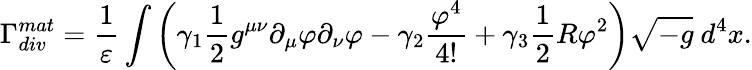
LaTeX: \Gamma_{div}^{mat}=\frac{1}{\varepsilon}\int\left(\gamma_{1}\frac{1}{2}g^{\mu\nu}\partial_{\mu}\varphi\partial_{\nu}\varphi-\gamma_{2}\frac{\varphi^{4}}{4!}+\gamma_{3}\frac{1}{2}R\varphi^{2}\right)\sqrt{-g}~d^{4}x.